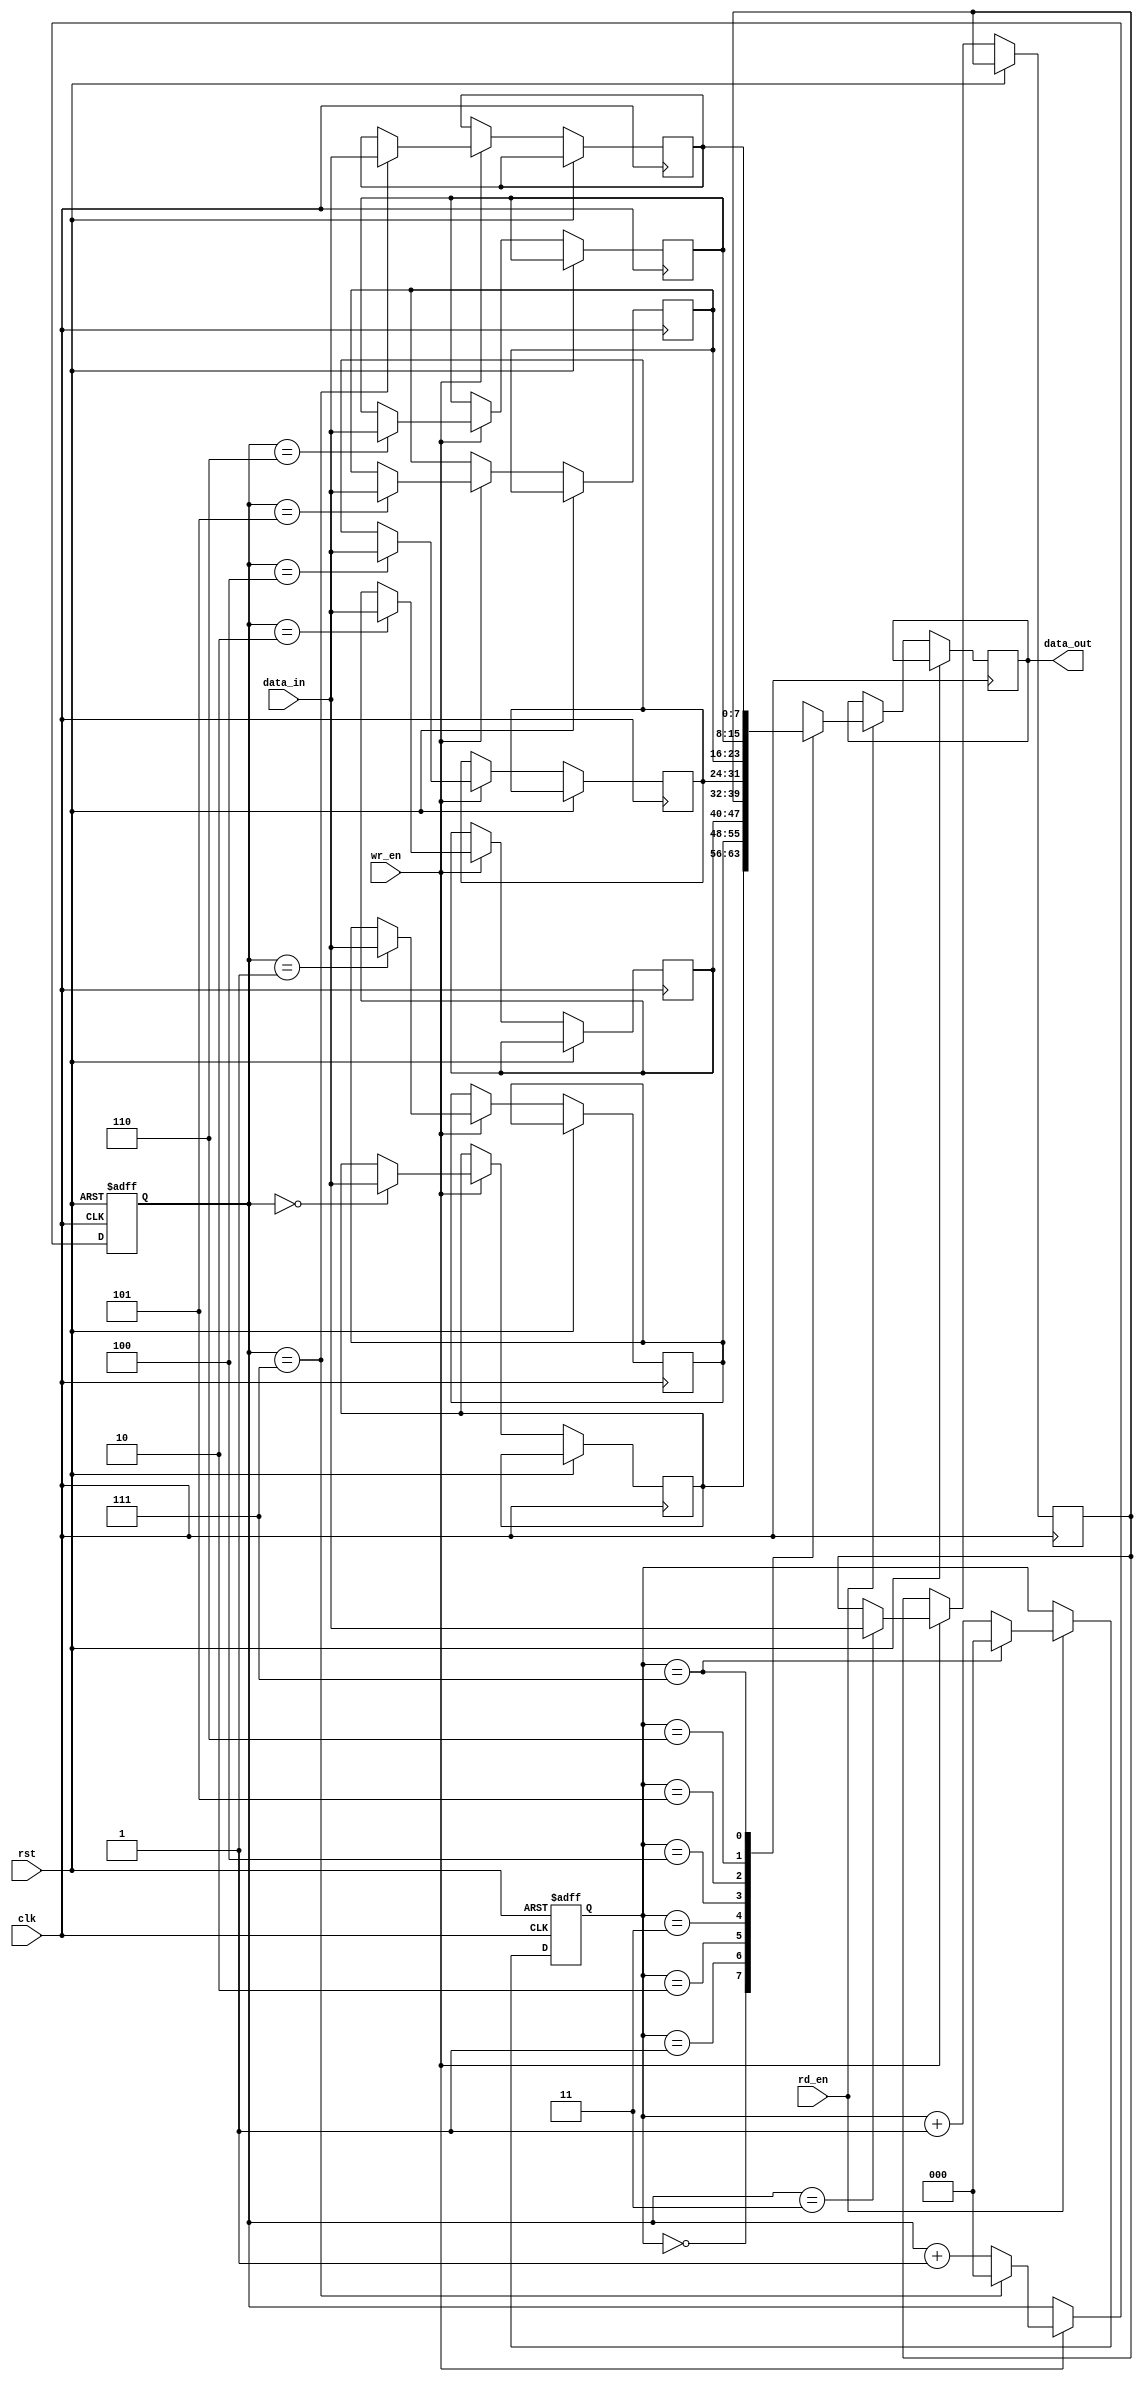
module Circular_FIFO (
  input wire clk,
  input wire rst,
  input wire wr_en,
  input wire rd_en,
  input wire [7:0] data_in,
  output wire [7:0] data_out
);

parameter BUFFER_SIZE = 8;

reg [7:0] buffer [BUFFER_SIZE-1:0];
reg [2:0] wr_ptr = 0;
reg [2:0] rd_ptr = 0;

always @(posedge clk or posedge rst) begin
  if (rst) begin
    wr_ptr <= 0;
    rd_ptr <= 0;
  end else begin
    if (wr_en) begin
      buffer[wr_ptr] <= data_in;
      wr_ptr <= (wr_ptr == BUFFER_SIZE-1) ? 0 : wr_ptr + 1;
    end
    if (rd_en) begin
      data_out <= buffer[rd_ptr];
      rd_ptr <= (rd_ptr == BUFFER_SIZE-1) ? 0 : rd_ptr + 1;
    end 
  end
end

endmodule